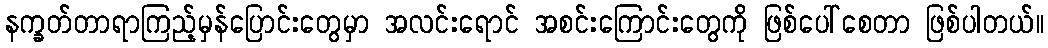
နက္ခတ်တာရာကြည့်မှန်ပြောင်းတွေမှာ အလင်းရောင် အစင်းကြောင်းတွေကို ဖြစ်ပေါ်စေတာ ဖြစ်ပါတယ်။